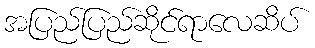
အပြည်ပြည်ဆိုင်ရာလေဆိပ်